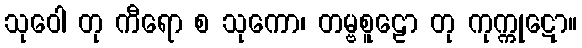
သုဝေါ တု ကီရော စ သုကော၊ တမ္ဗစူဠော တု ကုက္ကုဋော။